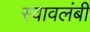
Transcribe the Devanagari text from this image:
स्‍वावलंबी